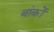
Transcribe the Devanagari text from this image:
बांकों